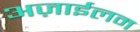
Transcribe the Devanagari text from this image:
अज़ाईलम